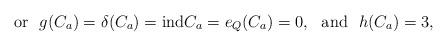
LaTeX: \begin{align*}\mbox{or} \ \ g(C_a)=\delta(C_a)= {\rm ind }C_a=e_Q(C_a)=0, \ \ \mbox{and} \ \ h(C_a)=3,\end{align*}